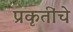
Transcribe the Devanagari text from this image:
प्रकृतींचे